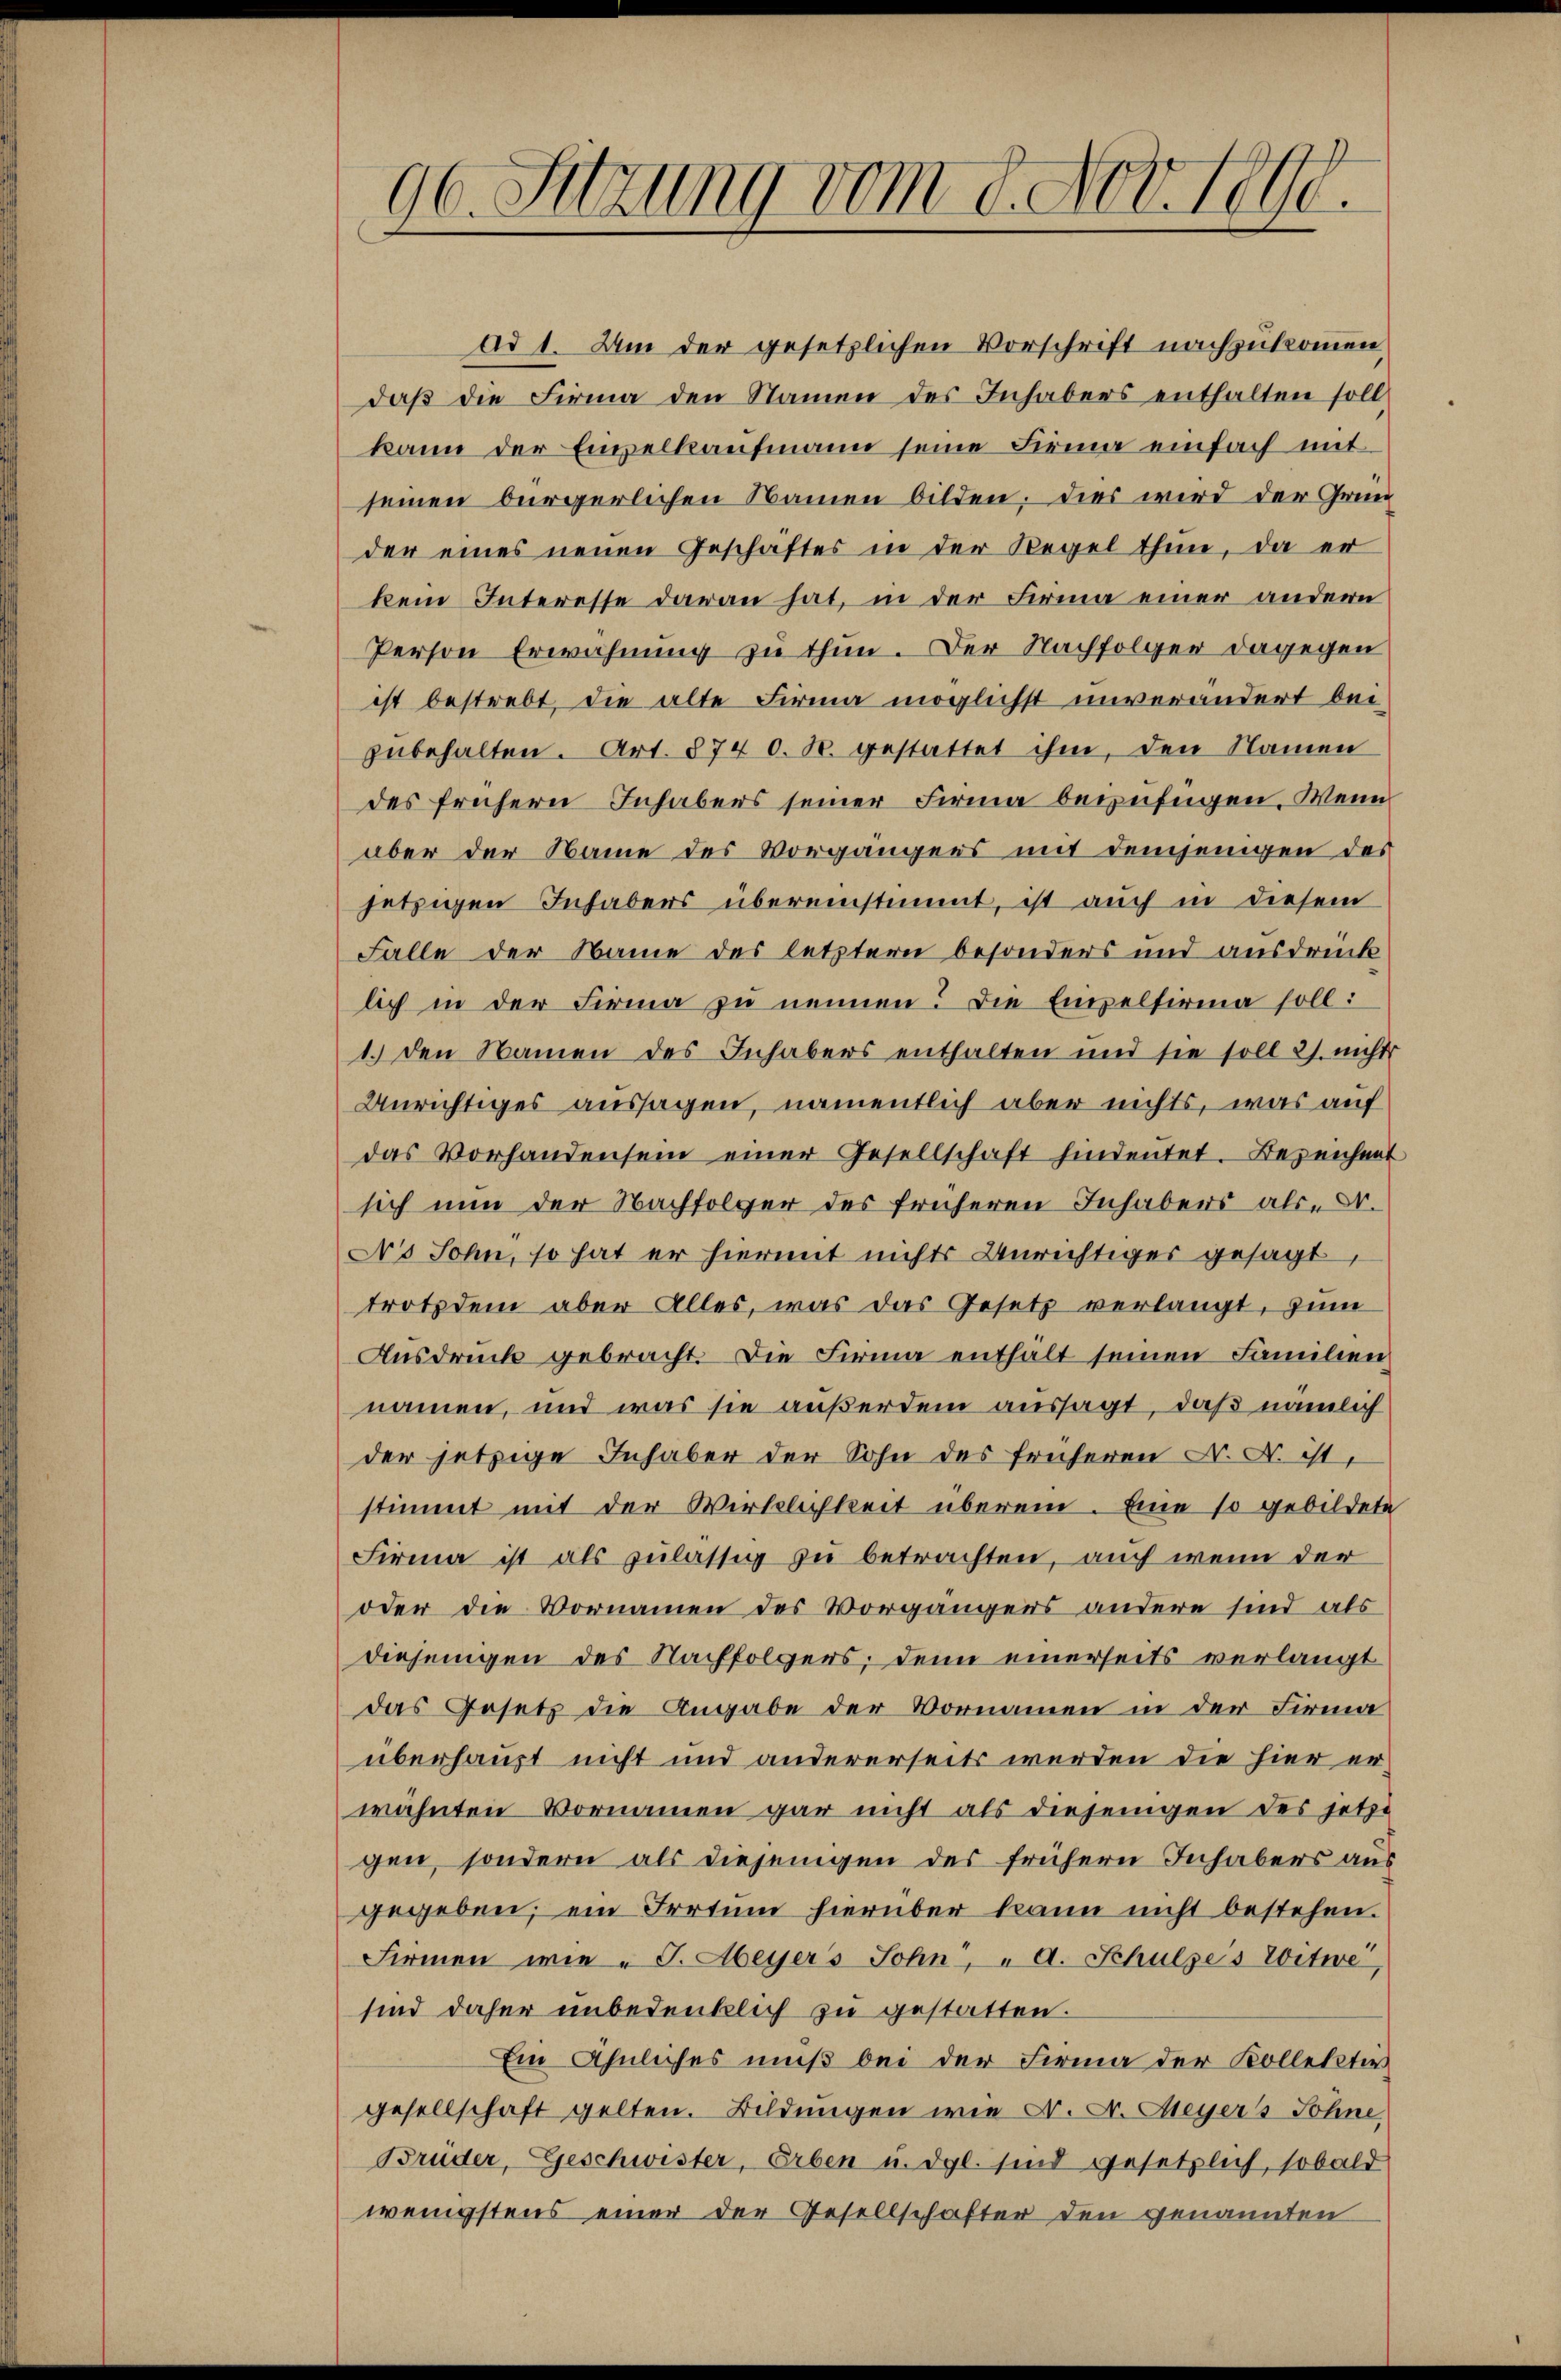
96. Setzung vom 8. Nov. 1890.

ad 1. Um der gesetzlichen Vorschrift nachzukommen,
daß die Firma den Namen des Inhabers enthalten soll
kann der Empelkaufmann seine Firma einfach mit
seinen bürgerlichen Namen bilden, dies wird der Grun
der eines neuen Geschäftes in der Regel thun, da er
kem Interesse daran hat, in der Firma einer andern
Person Erwähnung zu thun. Der Nachfolger dagegen
ist bestrebt, die alte Firma möglichst unverändert bei
zubehalten. Art. 8740. 30. gestattet ihm, den Namen
des frühern Inhabers seiner Firma beizufügen. Wenn
aber der Name des Vorgängens mit demjenigen des
jetzigen Inhabers übereinstimmt, ist auch in diesem
Falle der Name des letztern besonders und ausdrück
lich in der Firma zu nennen. Die Empelfirma soll:
1. Den Namen des Inhabers enthalten und sie soll 2). nicht
Anrichtiges aussagen, namentlich aber nichts, was auf
das Vorhanden sein einer Gesellschaft hindeŭtet. Bezeichnet
sich nun der Nachfolger des früheren Inhabers als Dr.
Ns Sohn, so hat er hiermit nichts Unrichtiger gesagt,
trotzdem aber alles, was das Gesetz verlangt, zum
Ausdruck gebracht. Die Firma enthalt seinen Familien,
namen, und was sie außerdem aussagt, daß nämlich
der jetzige Inhaber der Sohn des früheren N. N. ist.
stimmt mit der Wirklichkeit überein. Eine so gebildete
Firma ist als zulässig zu betrachten, auch wenn der
oder die Vornamen des Vorgängers andere sind als
diejenigen des Nachfolgers, denn einerseits verlangt
das Gesetz die Angabe der Vornamen in der Firma
überhaust nicht und andererseits werden die hier erwähnten Vornamen gar nicht als diejenigen des jetzt
gen, sondern als diejenigen des frühern Inhabers aus
gegeben, ein Irrtum hierüber kann nicht bestehen.
Firmen wie „J. Meyers Sohn, " A. Schulzes Witwe,
sind daher unbedenklich zu gestatten.
Ein ähnliches muß bei der Firma der Kollekter
gesellschaft gelten. Bildungen wie N. N. Meyers Söhne,
Brüder, Geschwister, Erben u. dgl. sind gesetzlich, sobald
wenigstens einer der Gesellschafter den genannten